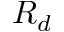
R _ { d }